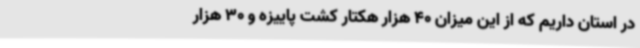
در استان داریم که از این میزان 40 هزار هکتار کشت پاییزه و 30 هزار